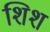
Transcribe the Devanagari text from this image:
शिश